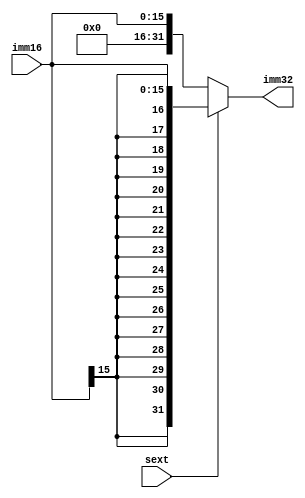
module ext(
     input      [16- 1: 0]  imm16
    ,input                  sext
    ,output     [32- 1: 0]  imm32
);
  
  assign imm32 = sext ? {{16{imm16[15]}},imm16} //sext == 1 : SIGN
                        : {16'b0,imm16};        //sext == 0 : ZERO

endmodule